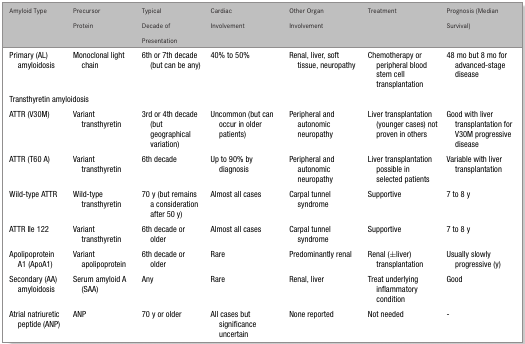
<table><thead><tr><td><b>Amyloid Type</b></td><td><b>Precursor Protein</b></td><td><b>Typical Decade of Presentation</b></td><td><b>Cardiac Involvement</b></td><td><b>Other Organ Involvement</b></td><td><b>Treatment</b></td><td><b>Prognosis (Median Survival)</b></td></tr></thead><tbody><tr><td>Primary (AL) amyloidosis</td><td>Monoclonal light chain</td><td>6th or 7th decade (but can be any)</td><td>40% to 50%</td><td>Renal, liver, soft tissue, neuropathy</td><td>Chemotherapy or peripheral blood stem cell transplantation</td><td>48 mo but 8 mo for advanced-stage disease</td></tr><tr><td colspan="7">Transthyretin amyloidosis</td></tr><tr><td>ATTR (V30M)</td><td>Variant transthyretin</td><td>3rd or 4th decade (but geographical variation)</td><td>Uncommon (but can occur in older patients)</td><td>Peripheral and autonomic neuropathy</td><td>Liver transplantation (younger cases) not proven in others</td><td>Good with liver transplantation for V30M progressive disease</td></tr><tr><td>ATTR (T60 A)</td><td>Variant transthyretin</td><td>6th decade</td><td>Up to 90% by diagnosis</td><td>Peripheral and autonomic neuropathy</td><td>Liver transplantation possible in selected patients</td><td>Variable with liver transplantation</td></tr><tr><td>Wild-type ATTR</td><td>Wild-type transthyretin</td><td>70 y (but remains a consideration after 50 y)</td><td>Almost all cases</td><td>Carpal tunnel syndrome</td><td>Supportive</td><td>7 to 8 y</td></tr><tr><td>ATTR Ile 122</td><td>Variant transthyretin</td><td>6th decade or older</td><td>Almost all cases</td><td>Carpal tunnel syndrome</td><td>Supportive</td><td>7 to 8 y</td></tr><tr><td>Apolipoprotein A1 (ApoA1)</td><td>Variant apolipoprotein</td><td>6th decade or older</td><td>Rare</td><td>Predominantly renal</td><td>Renal (±liver) transplantation</td><td>Usually slowly progressive (y)</td></tr><tr><td>Secondary (AA) amyloidosis</td><td>Serum amyloid A (SAA)</td><td>Any</td><td>Rare</td><td>Renal, liver</td><td>Treat underlying inflammatory condition</td><td>Good</td></tr><tr><td>Atrial natriuretic peptide (ANP)</td><td>ANP</td><td>70 y or older</td><td>All cases but significance uncertain</td><td>None reported</td><td>Not needed</td><td>-</td></tr></tbody></table>